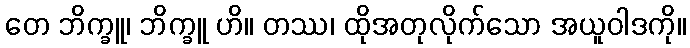
တေ ဘိက္ခူ၊ ဘိက္ခူ ဟိ။ တဿ၊ ထိုအတုလိုက်သော အယူဝါဒကို။